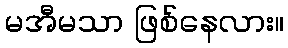
မအီမသာ ဖြစ်နေလား။